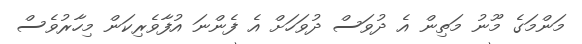
މަންމަގެ މޫނު މަތިން އެ ދުވަސް ދުވަހަށް އެ ފެންނަ އުފާވެރިކަން މިހާރުވެސް